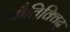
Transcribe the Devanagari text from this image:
भौतिक्विद